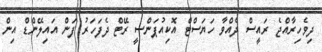
ދިވެހިރާއްޖެ ރައީސް ދެއްވާ ހަޔަސްޓް އޮކިއުޕަންސީ ރޭޓް ދެފަހަރު ފަން އައިލޭންޑް އިން